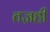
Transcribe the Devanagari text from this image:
तज्ञही